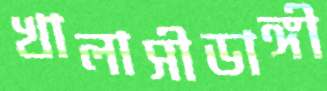
খালাসীডাঙ্গী